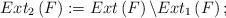
LaTeX: \begin{align*}Ext_{2}\left(F\right):=Ext\left(F\right)\backslash Ext_{1}\left(F\right);\end{align*}